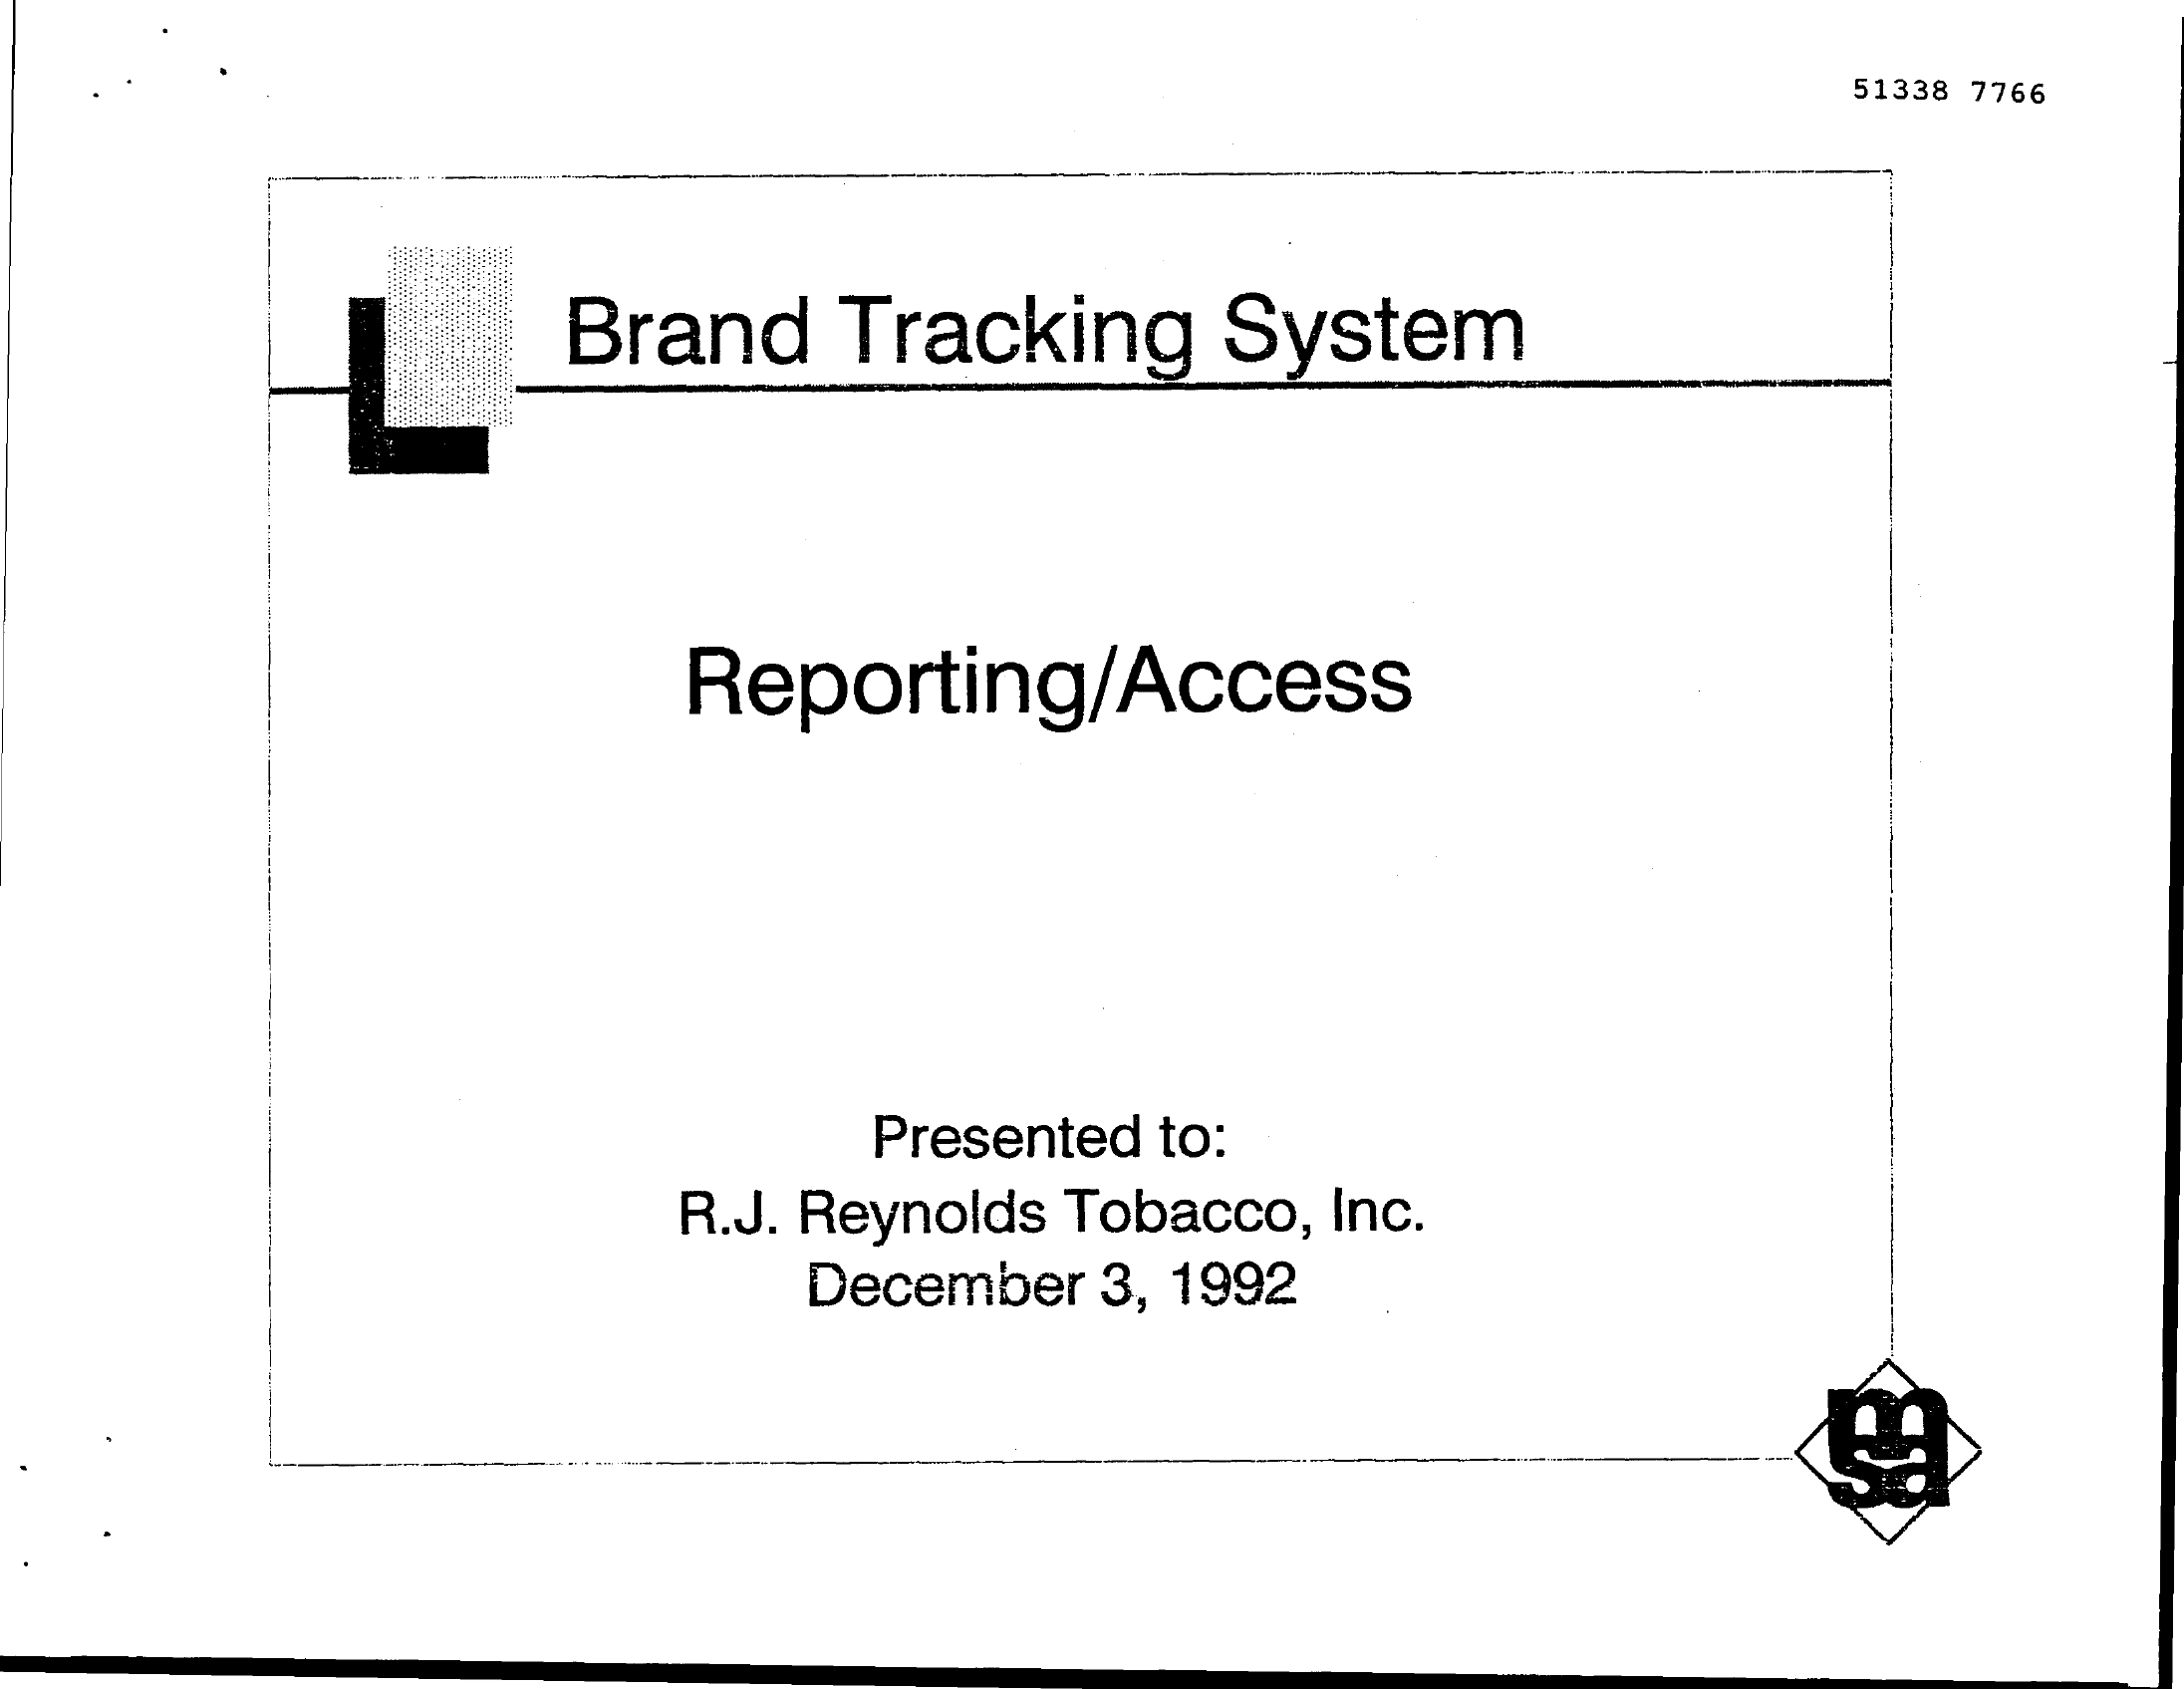
51338 7766
     Brand    Tracking    System
     Reporting/Access
     Presented to:
     R.J. Reynolds Tobacco, Inc.
     December 3, 1992